EELK_Kaarma_kogudus, lk 28
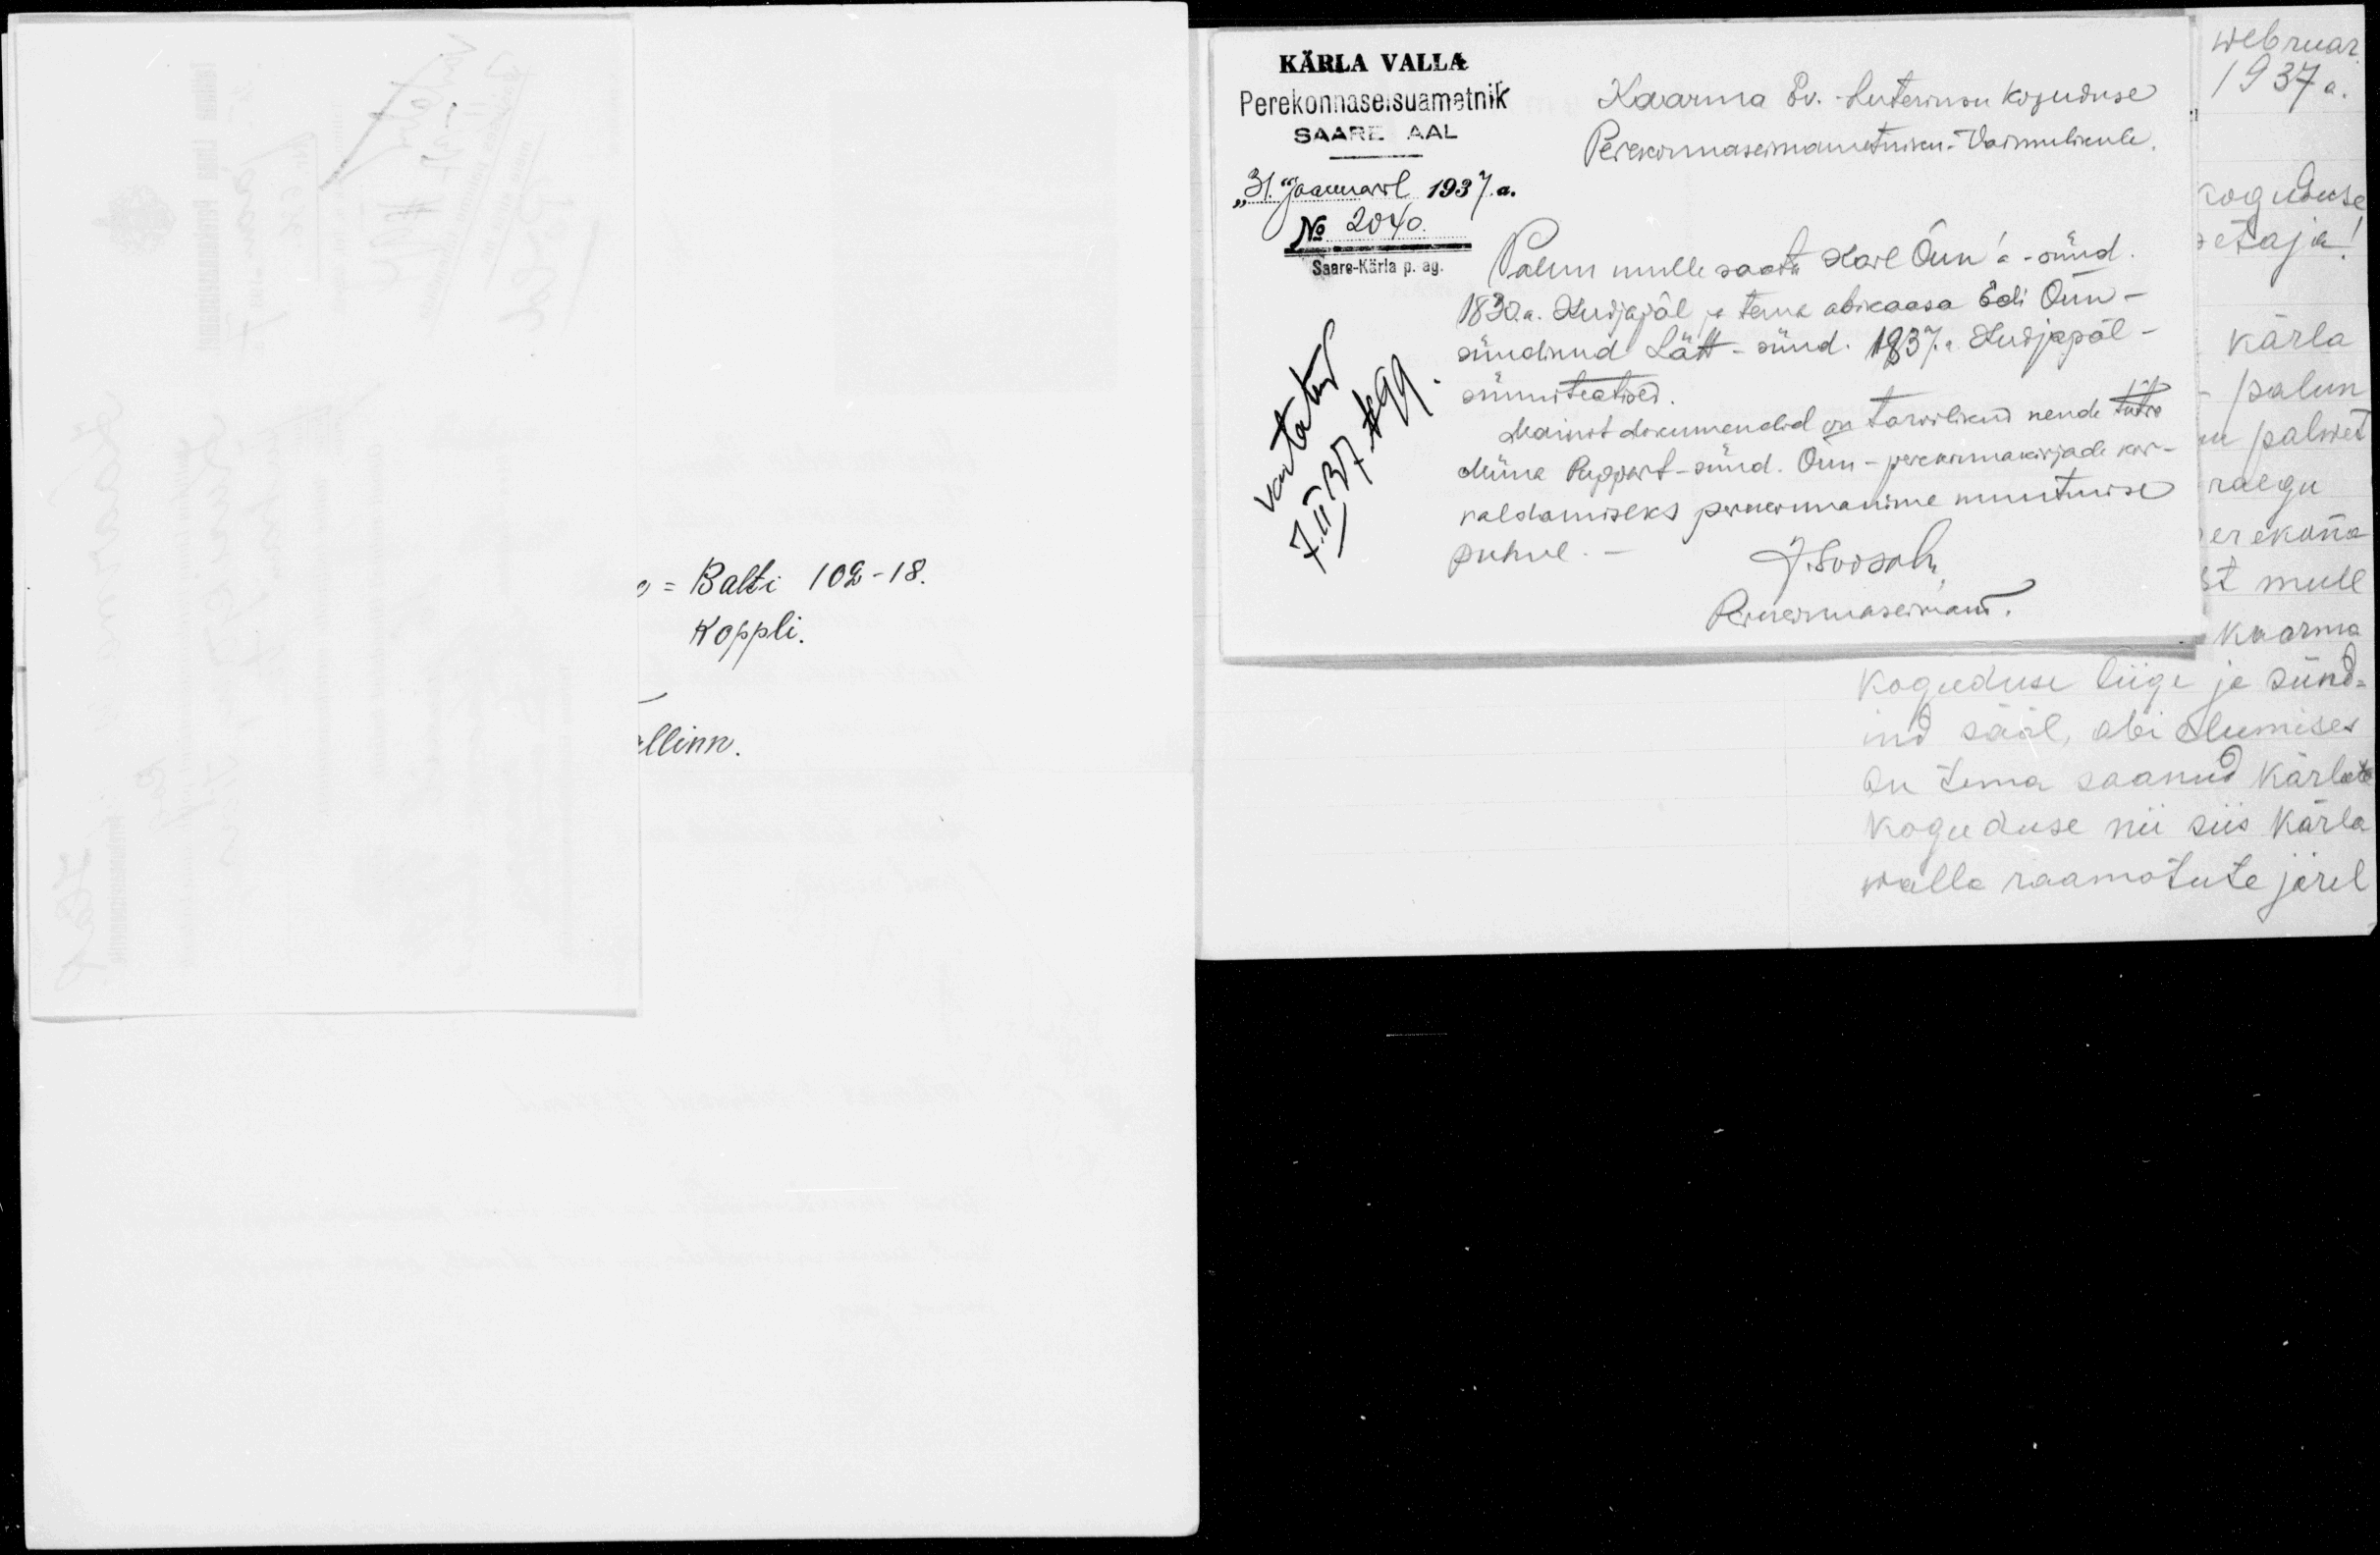
KÄRLA VALA
Perekonnaseisuametnik
Kaarma Ev. Luteriusu koguduse
SAARE AAL
Perekonnaseimametniku. Vaimulikule.
"31. Jaanuaril 1937.a.
No 2040
Palun mulle saata Karl Õun'a - sünd
Saare-Kärla p. ag.
1830.a. Kudjapäl ja tema abikaasa Edi Õun-
Palun mulle saata Karl Õun'a - sünd
sündinud Lätt - sünd. 1937.a. Kudjapäl-
vastatud
7, II N 99
sünniteatised
Mainit dokumendid on tarwilikud nende tütre
Miina Puppart - sünd. Õun - perekonnakirjade kor-
raldamiseks perekonnanime muutmise
puhul.
J. Soosalu
Rongimaseimann